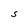
Character: S